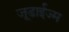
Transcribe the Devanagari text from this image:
जूडाईज्म